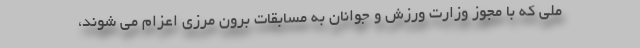
ملی که با مجوز وزارت ورزش و جوانان به مسابقات برون مرزی اعزام می شوند،